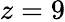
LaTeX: z=9